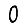
Digit: 0